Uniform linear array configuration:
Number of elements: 12
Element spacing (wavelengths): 0.25
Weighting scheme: uniform
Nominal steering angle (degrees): -15
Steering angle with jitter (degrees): -16.534
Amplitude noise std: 0.05
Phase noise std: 0.05

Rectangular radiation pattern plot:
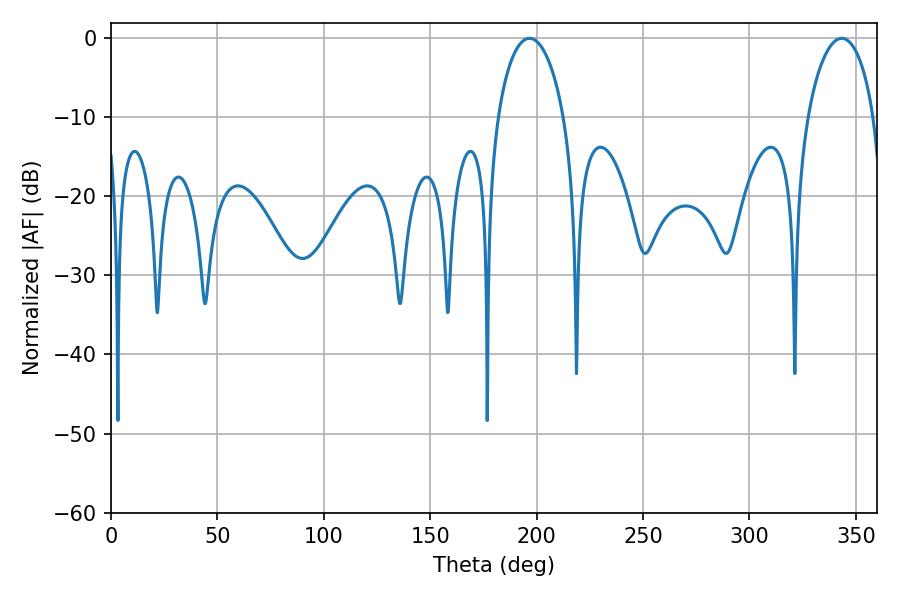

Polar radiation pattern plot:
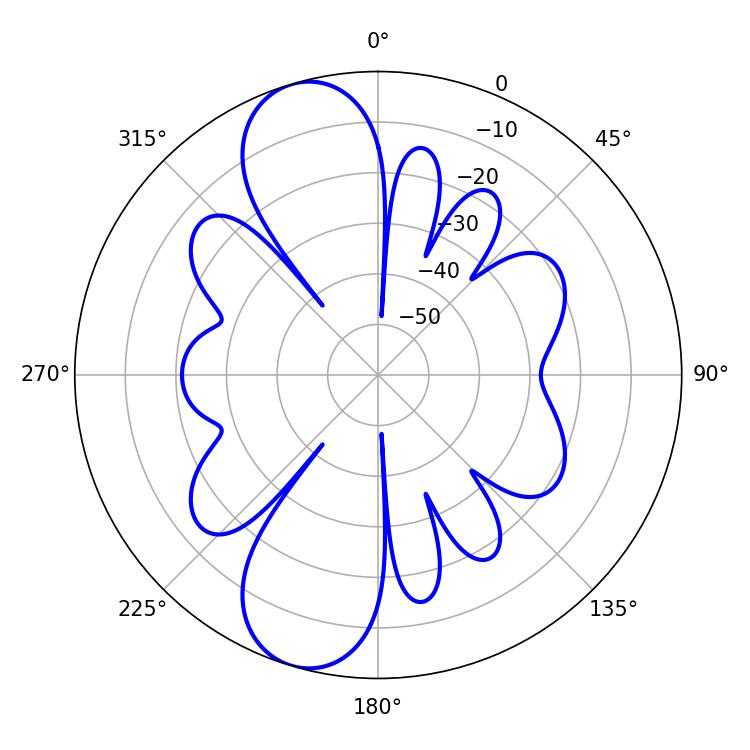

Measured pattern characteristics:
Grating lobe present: FALSE
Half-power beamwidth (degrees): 17.82
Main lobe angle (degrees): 196.56